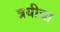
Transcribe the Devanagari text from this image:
त्रयीचा